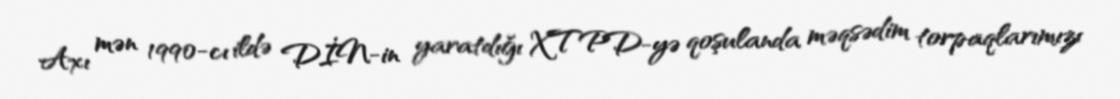
Axı mən 1990-cı ildə DİN-in yaratdığı XTPD-yə qoşulanda məqsədim torpaqlarımızı